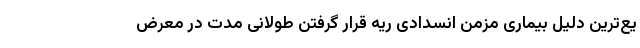
یع‌ترین دلیل بیماری مزمن انسدادی ریه قرار گرفتن طولانی مدت در معرض